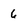
Character: 6